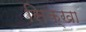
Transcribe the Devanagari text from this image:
सिक्खा